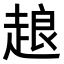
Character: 𧻴